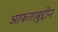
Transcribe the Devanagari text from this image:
आफताबुद्दीन